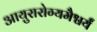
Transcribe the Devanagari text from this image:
आयुरारोग्यमैश्वर्यं